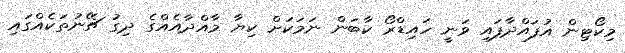
މިކޯޓިން އުފައްދާފައި ވަނީ ހައިޑްރޯ ކާބަން ނަމަކަށް ކިޔާ މާއްދާއެއްގެ ދިގު ޗޭނުތަކެއްގައި